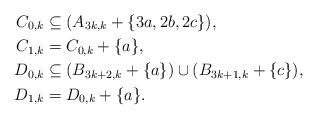
LaTeX: \begin{align*}C_{0,k} & \subseteq (A_{3k,k} + \{ 3a, 2b, 2 c \}),\\C_{1,k} & = C_{0,k} + \{ a \},\\D_{0,k} & \subseteq (B_{3k+2,k} + \{ a \}) \cup (B_{3k+1,k} + \{ c \}),\\D_{1,k} & = D_{0,k} + \{ a \}. \end{align*}